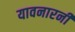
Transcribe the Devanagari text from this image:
यावनारनी